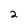
Character: 2